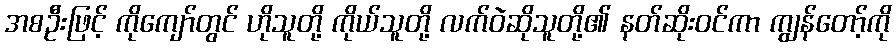
အစဦးဖြင့် ကိုကျော်တွင် ဟိုသူတို့ ကိုယ်သူတို့ လက်ဝဲဆိုသူတို့၏ နတ်ဆိုးဝင်ကာ ကျွန်တော့်ကို